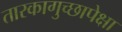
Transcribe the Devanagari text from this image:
तारकागुच्छापेक्षा